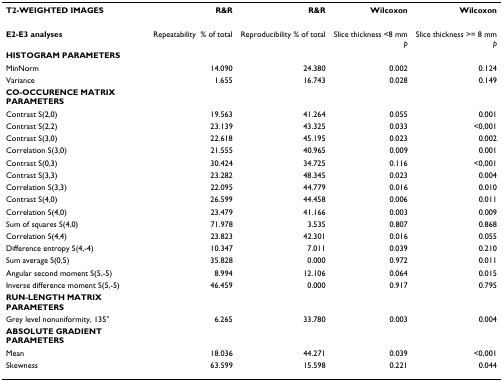
<table><thead><tr><td><b>T2-WEIGHTED IMAGES</b></td><td><b>R&amp;R</b></td><td><b>R&amp;R</b></td><td><b>Wilcoxon</b></td><td><b>Wilcoxon</b></td></tr></thead><tbody><tr><td><b>E2-E3 analyses</b></td><td>Repeatability% of total</td><td>Reproducibility % of total</td><td>Slice thickness &lt;8 mm<i>p</i></td><td>Slice thickness &gt;= 8 mm<i>p</i></td></tr><tr><td><b>HISTOGRAM PARAMETERS</b></td><td>[EMPTY_CELL]</td><td>[EMPTY_CELL]</td><td>[EMPTY_CELL]</td><td>[EMPTY_CELL]</td></tr><tr><td>MinNorm</td><td>14.090</td><td>24.380</td><td>0.002</td><td>0.124</td></tr><tr><td>Variance</td><td>1.655</td><td>16.743</td><td>0.028</td><td>0.149</td></tr><tr><td><b>CO-OCCURENCE MATRIX PARAMETERS</b></td><td>[EMPTY_CELL]</td><td>[EMPTY_CELL]</td><td>[EMPTY_CELL]</td><td>[EMPTY_CELL]</td></tr><tr><td>Contrast S(2,0)</td><td>19.563</td><td>41.264</td><td>0.055</td><td>0.001</td></tr><tr><td>Contrast S(2,2)</td><td>23.139</td><td>43.325</td><td>0.033</td><td>&lt;0,001</td></tr><tr><td>Contrast S(3,0)</td><td>22.618</td><td>45.195</td><td>0.023</td><td>0.002</td></tr><tr><td>Correlation S(3,0)</td><td>21.555</td><td>40.965</td><td>0.009</td><td>0.001</td></tr><tr><td>Contrast S(0,3)</td><td>30.424</td><td>34.725</td><td>0.116</td><td>&lt;0,001</td></tr><tr><td>Contrast S(3,3)</td><td>23.282</td><td>48.345</td><td>0.023</td><td>0.004</td></tr><tr><td>Correlation S(3,3)</td><td>22.095</td><td>44.779</td><td>0.016</td><td>0.010</td></tr><tr><td>Contrast S(4,0)</td><td>26.599</td><td>44.458</td><td>0.006</td><td>0.011</td></tr><tr><td>Correlation S(4,0)</td><td>23.479</td><td>41.166</td><td>0.003</td><td>0.009</td></tr><tr><td>Sum of squares S(4,0)</td><td>71.978</td><td>3.535</td><td>0.807</td><td>0.868</td></tr><tr><td>Correlation S(4,4)</td><td>23.823</td><td>42.301</td><td>0.016</td><td>0.055</td></tr><tr><td>Difference entropy S(4,-4)</td><td>10.347</td><td>7.011</td><td>0.039</td><td>0.210</td></tr><tr><td>Sum average S(0,5)</td><td>35.828</td><td>0.000</td><td>0.972</td><td>0.011</td></tr><tr><td>Angular second moment S(5,-5)</td><td>8.994</td><td>12.106</td><td>0.064</td><td>0.015</td></tr><tr><td>Inverse difference moment S(5,-5)</td><td>46.459</td><td>0.000</td><td>0.917</td><td>0.795</td></tr><tr><td><b>RUN-LENGTH MATRIX PARAMETERS</b></td><td>[EMPTY_CELL]</td><td>[EMPTY_CELL]</td><td>[EMPTY_CELL]</td><td>[EMPTY_CELL]</td></tr><tr><td>Grey level nonuniformity, 135°</td><td>6.265</td><td>33.780</td><td>0.003</td><td>0.004</td></tr><tr><td><b>ABSOLUTE GRADIENT PARAMETERS</b></td><td>[EMPTY_CELL]</td><td>[EMPTY_CELL]</td><td>[EMPTY_CELL]</td><td>[EMPTY_CELL]</td></tr><tr><td>Mean</td><td>18.036</td><td>44.271</td><td>0.039</td><td>&lt;0,001</td></tr><tr><td>Skewness</td><td>63.599</td><td>15.598</td><td>0.221</td><td>0.044</td></tr></tbody></table>